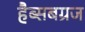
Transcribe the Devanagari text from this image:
हैब्सबग्रज